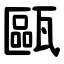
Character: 甌